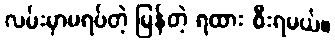
လမ်းမှာမရပ်တဲ့ မြန်တဲ့ ရထား စီးရမယ်။